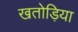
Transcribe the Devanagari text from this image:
खतोड़िया